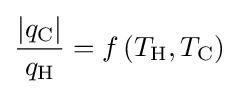
{\frac {|q_{\text{C}}|}{q_{\text{H}}}}=f\left(T_{\text{H}},T_{\text{C}}\right)